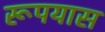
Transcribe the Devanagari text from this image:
रूपयास